[Report on the health of British troops in the Madras command]
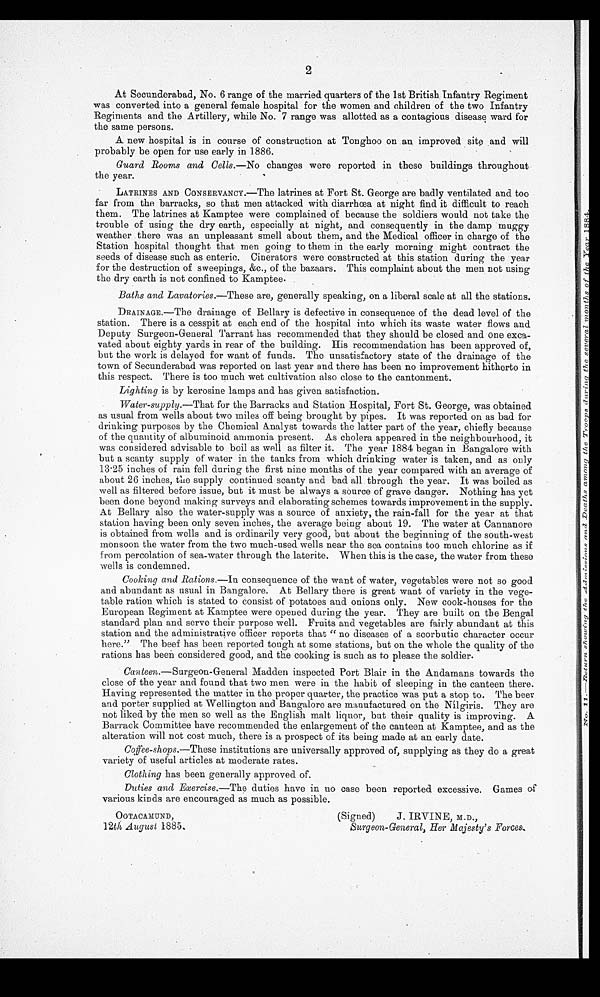
2
At Secunderabad, No. 6 range of the married quarters of the 1st British Infantry Regiment
was converted into a general female hospital for the women and children of the two Infantry
Regiments and the Artillery, while No. 7 range was allotted as a contagious disease ward for
the same persons.
A new hospital is in course of construction at Tonghoo on an improved site . and will
probably be open for use early in 1886.
Guard Rooms and Cells.— No changes were reported in these buildings throughout
the year.
LATRINES AND CONSERVANCY.—The latrines at Fort St. George are badly ventilated and too
far from the barracks, so that men attacked with diarrhœa at night find it difficult to reach
them. The latrines at Kamptee were complained of because the soldiers would not take the
trouble of using the dry earth, especially at night, and consequently in the damp muggy
weather there was an unpleasant smell about them, and the Medical officer in charge of the
Station hospital thought that men going to them in the early morning might contract the
seeds of disease such as enteric. Cinerators were constructed at this station during the year
for the destruction of sweepings, &c., of the bazaars. This complaint about the men not using
the dry earth is not confined to Kamptee.
Baths and Lavatories.—These are, generally speaking, on a liberal scale at all the stations.
DRAINAGE.—The drainage of Bellary is defective in consequence of the dead level of the
station. There is a cesspit at each end of the hospital into which its waste water flows and
Deputy Surgeon-General Tarrant has recommended that they should be closed and one exca
-vated about eighty yards in rear of the building. His recommendation has been approved of,
but the work is delayed for want of funds. The unsatisfactory state of the drainage of the
town of Secunderabad was reported on last year and there has been no improvement hitherto in
this respect. There is too much wet cultivation also close to the cantonment.
Lighting is by kerosine lamps and has given satisfaction.
Water-supply.—That for the Barracks and Station Hospital, Fort St. George, was obtained
as usual from wells about two miles off being brought by pipes. It was reported on as bad for
drinking purposes by the Chemical Analyst towards the latter part of the year, chiefly because
of the quantity of albuminoid ammonia present. As cholera appeared in the neighbourhood, it
was considered advisable to boil as well as filter it. The year 1884 began in Bangalore with
but a scanty supply of water in the tanks from which drinking water is taken, and as only
13.25 inches of rain fell during the first nine months of the year compared with an average of
about 26 inches, the supply continued scanty and bad all through the year. It was boiled as
well as filtered before issue, but it must be always a source of grave danger. Nothing has yet
been done beyond making surveys and elaborating schemes towards improvement in the supply.
At Bellary also the water-supply was a source of anxiety, the rain-fall for the year at that
station having been only seven inches, the average being about 19. The water at Cannanore
is obtained from wells and is ordinarily very good, but about the beginning of the south-west
monsoon the water from the two much-used wells near the sea contains too much chlorine as if
from percolation of sea-water through the laterite. When this is the case, the water from these
wells is condemned.
Cooking and Rations.—In consequence of the want of water, vegetables were not so good
and abundant as usual in Bangalore. At Bellary there is great want of variety in the vege
-table ration which is stated to consist of potatoes and onions only. New cook-houses for the
European Regiment at Kamptee were opened during the year. They are built on the Bengal
standard plan and serve their purpose well. Fruits and vegetables are fairly abundant at this
station and the administrative officer reports that " no diseases of a scorbutic character occur
here." The beef has been reported tough at some stations, but on the whole the quality of the
rations has been considered good, and the cooking is such as to please the soldier.
Canteen.—Surgeon-General Madden inspected Port Blair in the Andamans towards the
close of the year and found that two men were in the habit of sleeping in the canteen there.
Having represented the matter in the proper quarter, the practice was put a stop to. The beer
and porter supplied at Wellington and Bangalore are manufactured on the Nìlgiris. They are
not liked by the men so well as the English malt liquor, but their quality is improving. A
Barrack Committee have recommended the enlargement of the canteen at Kamptee, and as the
alteration will not cost much, there is a prospect of its being made at an early date.
Coffee-shops— These institutions are universally approved of, supplying as they do a great
variety of useful articles at moderate rates.
Clothing has been generally approved of.
Duties and Exercise.—The duties have in no case been reported excessive. Games of
various kinds are encouraged as much as possible.
OOTACAMUND,
(Signed)
J. IRVINE, M.D.,
12th August 1885.
Surgeon-General, Her Majesty's Forces.